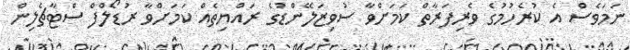
ނަމަވެސް އެ ކުރެހުމުގެ ވެރިފަރާތް ކަމަށްވާ ސުވިޒަލޭންޑުގެ ރައްޔިތެއް ކަމަށްވާ ރުޑޯލްފް ސްޓާޗެލިން